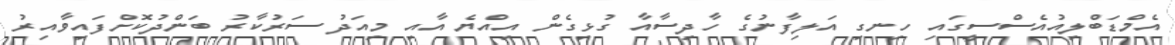
އެމްޑަބްލިއުއެސްސީގައި ހިނގި އަލިފާނުގެ ހާދިސާއާ ގުޅިގެން އިއްޔެ އާއި މިއަދު ސަރުކާރު ބަންދުކޮށްފައިވާއިރު